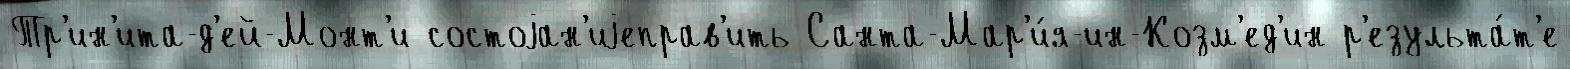
Тр'ин'ита-д'ей-Монт'и состоjан'иjеправ'ить Санта-Мар'и́я-ин-Козм'ед'ин р'езульта́т'е